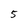
Character: 5